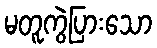
မတူကွဲပြားသော